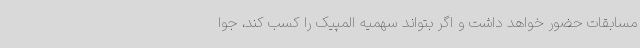
مسابقات حضور خواهد داشت و اگر بتواند سهمیه المپیک را کسب کند، جوا